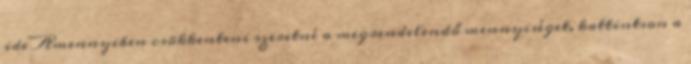
ide Amennyiben csökkenteni szeretné a megrendelendő mennyiséget, kattintson a